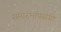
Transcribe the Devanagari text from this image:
समारंभाप्रसंगी